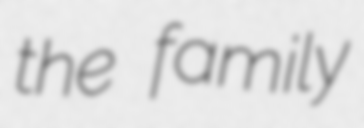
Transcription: the family